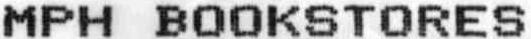
MPH BOOKSTORES